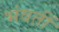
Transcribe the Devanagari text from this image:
भंवतीं